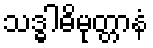
သဒ္ဓါဓိမုတ္တာနံ